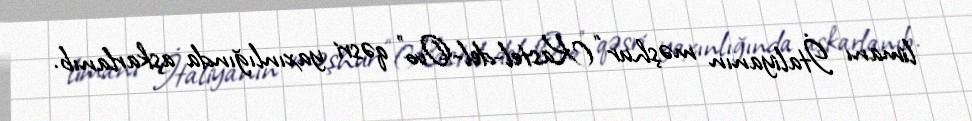
limanı İtaliyanın məşhur “Kastel-del-Ovo” qəsri yaxınlığında aşkarlanıb.